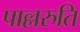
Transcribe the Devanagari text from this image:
पाल्लरुति